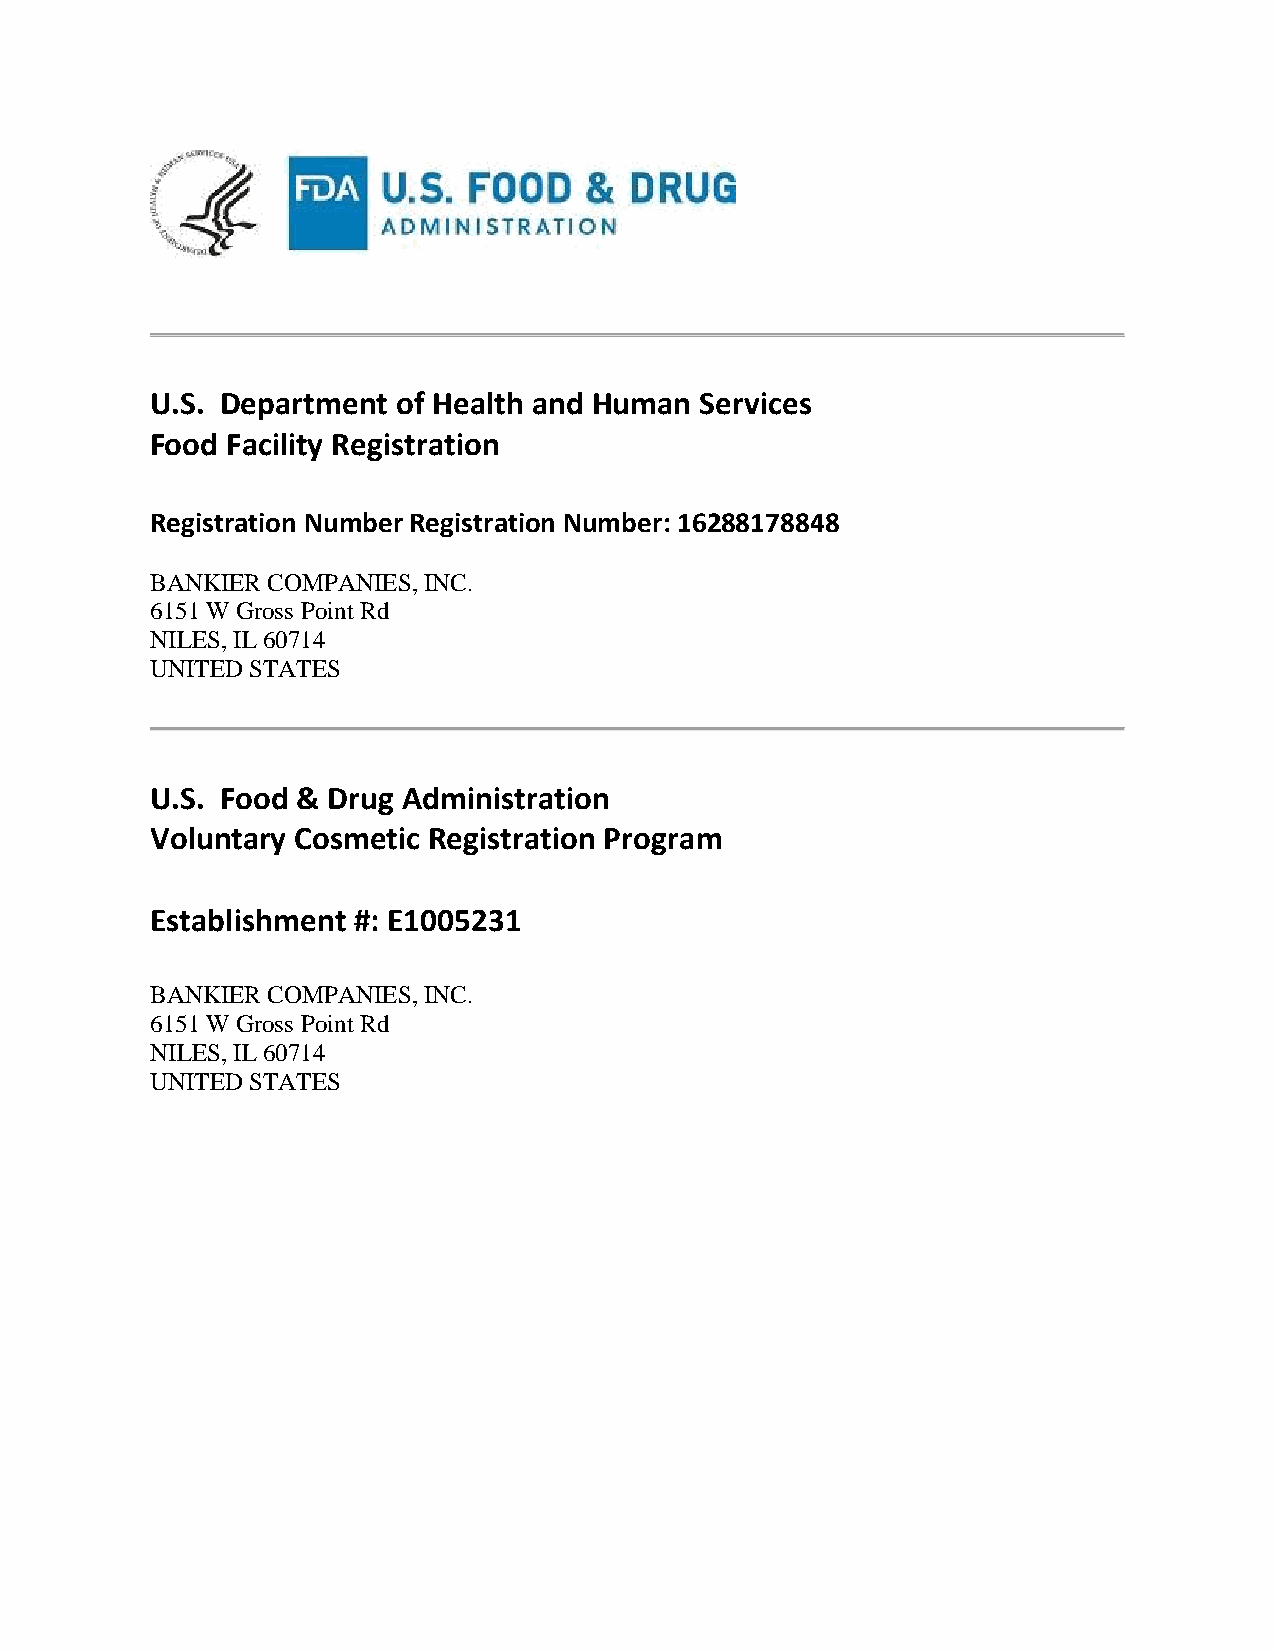
U.S. Department of Health and Human Services
 Food Facility Registration
 Registration Number Registration Number: 16288178848
 BANKIER COMPANIES, INC.
 6151 W Gross Point Rd
 NILES, IL 60714
 UNITED STATES
 U.S. Food & Drug Administration
 Voluntary Cosmetic Registration Program
 Establishment #: E1005231
 BANKIER COMPANIES, INC.
 6151 W Gross Point Rd
 NILES, IL 60714
 UNITED STATES